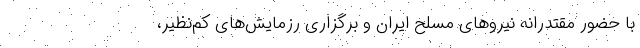
با حضور مقتدرانه نیروهای مسلح ایران و برگزاری رزمایش‌های کم‌نظیر،